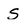
Character: S